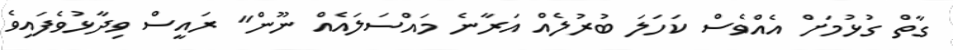
ގާތް ގުޅުމަށް އެއްވެސް ކަހަލަ ބުރުލެއް އަރާނެ މައްސަލައެއް ނޫން" ރައީސް ވިދާޅުވެފައިވެ